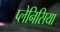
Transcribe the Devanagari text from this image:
प्लेनिसिया